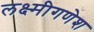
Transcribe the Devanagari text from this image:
लक्ष्मीगणेश